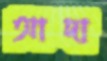
আদা